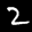
Label: 2